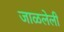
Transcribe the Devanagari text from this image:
जाळलेली